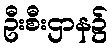
ဦးစီးဌာန၌